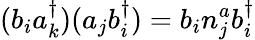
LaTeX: (b_{i}a_{k}^{\dagger})(a_{j}b_{i}^{\dagger})=b_{i}n_{j}^{a}b_{i}^{\dagger}